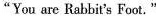
"You are Rabbit's Foot."